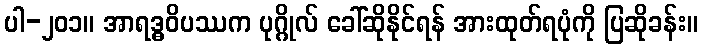
ပါ-၂၀၁။ အာရဒ္ဓဝိပဿက ပုဂ္ဂိုလ် ခေါ်ဆိုနိုင်ရန် အားထုတ်ရပုံကို ပြဆိုခန်း။